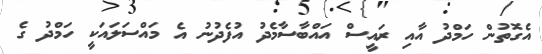
އެގޮތުން ހަމްދު އާއި ރައީސް އައްބާސާމެދު އުފެދުނު އެ މައްސަލައަކީ ހަމްދު ގެ